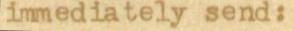
immediately send: